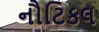
નૌટિકલ